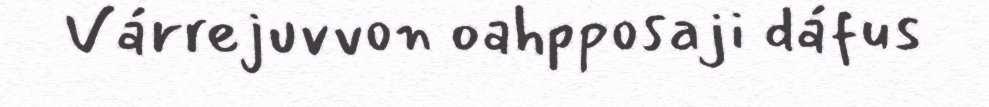
Várrejuvvon oahpposaji dáfus